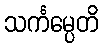
သင်္ကမ္ပေတိ